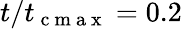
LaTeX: t/t_{\mathrm{~c~m~a~x~}}=0.2